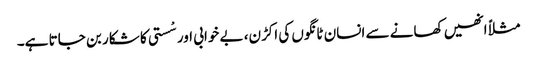
مثلاً انھیں کھانے سے انسان ٹانگوں کی اکڑن، بے خوابی اور سْستی کا شکار بن جاتا ہے۔